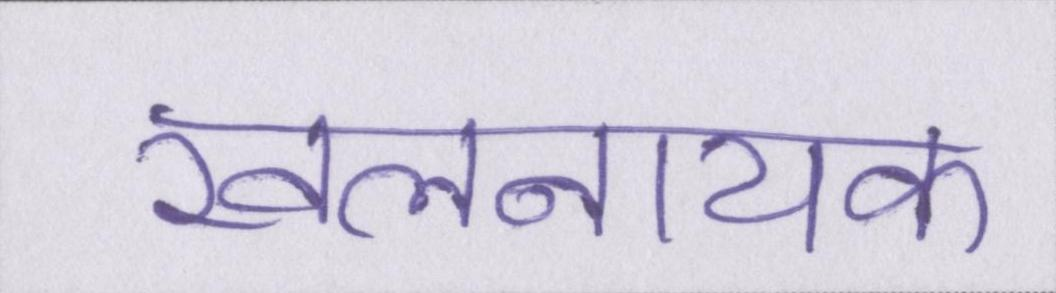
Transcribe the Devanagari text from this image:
खलनायक